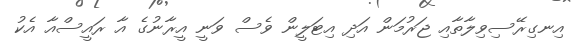
އިނގިރޭސިވިލާތާއި ޖަރުމަން އަދި އިޓަލީން ވެސް ވަނީ އީރާނުގެ އާ ރައީސްއާ އެކު